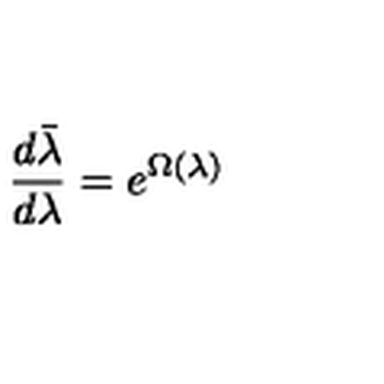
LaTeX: \frac { d \bar { \lambda } } { d \lambda } = e ^ { \Omega ( \lambda ) }